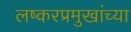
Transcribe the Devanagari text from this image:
लष्करप्रमुखांच्या